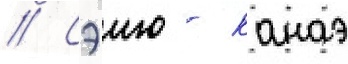
// Сэию - канаэ